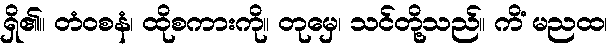
ရှိ၏။ တံဝစနံ၊ ထိုစကားကို။ တုမှေ၊ သင်တို့သည်။ ကိံ မညထ၊